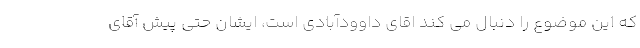
که این موضوع را دنبال می کند اقای داوودآبادی است، ایشان حتی پیش آقای